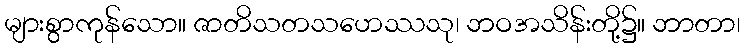
များစွာကုန်သော။ ဇာတိသတသဟေဿသု၊ ဘဝအသိန်းတို့၌။ ဘာတာ၊